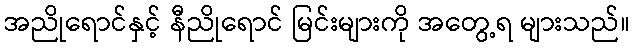
အညိုရောင်နှင့် နီညိုရောင် မြင်းများကို အတွေ့ရ များသည်။